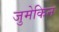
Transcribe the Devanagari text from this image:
जुमेकिन